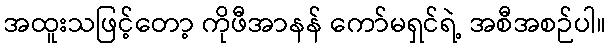
အထူးသဖြင့်တော့ ကိုဖီအာနန် ကော်မရှင်ရဲ့ အစီအစဉ်ပါ။